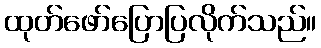
ထုတ်ဖော်ပြောပြလိုက်သည်။